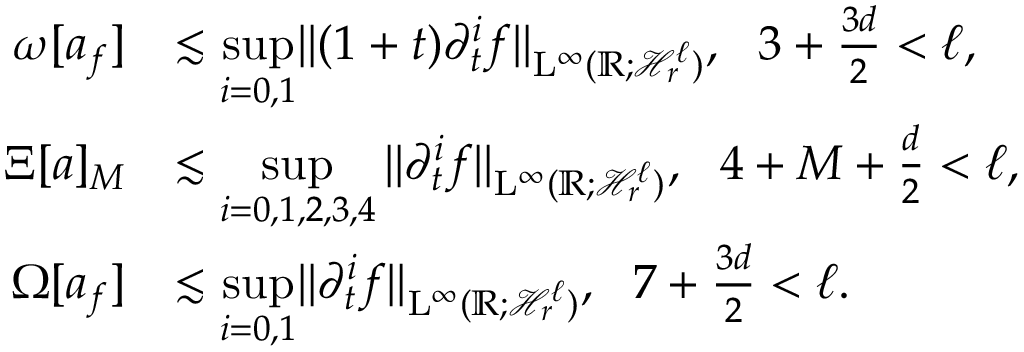
\begin{array} { r l } { \omega [ a _ { f } ] } & { \lesssim \underset { i = 0 , 1 } { \operatorname* { s u p } } \Vert ( 1 + t ) \partial _ { t } ^ { i } f \Vert _ { \mathrm { L } ^ { \infty } ( \mathbb R ; \mathcal { H } _ { r } ^ { \ell } ) } , \ \ 3 + \frac { 3 d } { 2 } < \ell , } \\ { \Xi [ a ] _ { M } } & { \lesssim \underset { i = 0 , 1 , 2 , 3 , 4 } { \operatorname* { s u p } } \, \Vert \partial _ { t } ^ { i } f \Vert _ { \mathrm { L } ^ { \infty } ( \mathbb R ; \mathcal { H } _ { r } ^ { \ell } ) } , \ \ 4 + M + \frac { d } { 2 } < \ell , } \\ { \Omega [ a _ { f } ] } & { \lesssim \underset { i = 0 , 1 } { \operatorname* { s u p } } \Vert \partial _ { t } ^ { i } f \Vert _ { \mathrm { L } ^ { \infty } ( \mathbb R ; \mathcal { H } _ { r } ^ { \ell } ) } , \ \ 7 + \frac { 3 d } { 2 } < \ell . } \end{array}